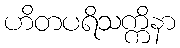
ဟိတပရိသက္ကိနာ